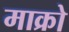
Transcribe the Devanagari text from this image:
माक्रो